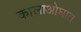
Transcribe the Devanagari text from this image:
कालाओघात